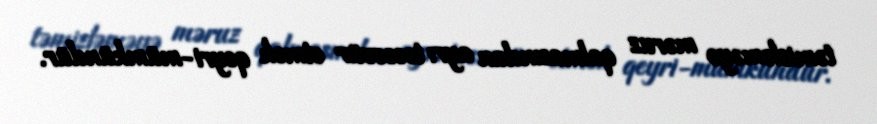
təmizləməyə məruz qalmasından ayrı təsəvvür etmək qeyri-mümkündür.